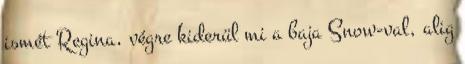
ismét Regina, végre kiderül mi a baja Snow-val, alig